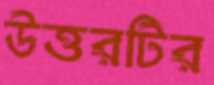
উত্তরটির